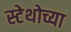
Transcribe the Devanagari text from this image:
स्टेथोच्या